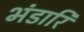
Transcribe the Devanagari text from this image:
भंडारि